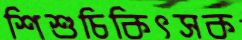
শিশুচিকিৎসক